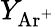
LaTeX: Y_{\mathrm{Ar^{+}}}